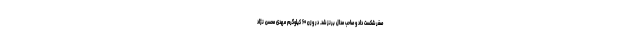
صفر شکست داد و صاحب مدال برنز شد. در وزن ۶۰ کیلوگرم مهدی محسن نژاد